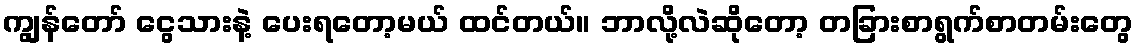
ကျွန်တော် ငွေသားနဲ့ ပေးရတော့မယ် ထင်တယ်။ ဘာလို့လဲဆိုတော့ တခြားစာရွက်စာတမ်းတွေ